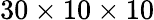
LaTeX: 30\times 10\times 10